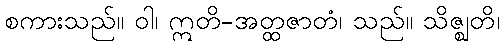
စကားသည်။ ဝါ၊ ဣတိ-အတ္ထဇာတံ၊ သည်။ သိဇ္ဈတိ၊